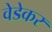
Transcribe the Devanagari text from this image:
वेडेकर